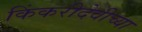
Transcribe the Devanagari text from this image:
किंकरीदेवीच्या